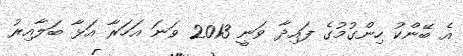
އެ ބޭންކު ހިންގުމުގެ ފައިދާ ވަނީ 2013 ވަނަ އަހަރާ އަޅާ ބަލާއިރު